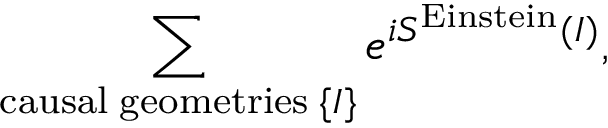
\sum _ { \mathrm { c a u s a l \; g e o m e t r i e s } \; \{ I \} } e ^ { i S ^ { \mathrm { E i n s t e i n } } ( I ) } ,